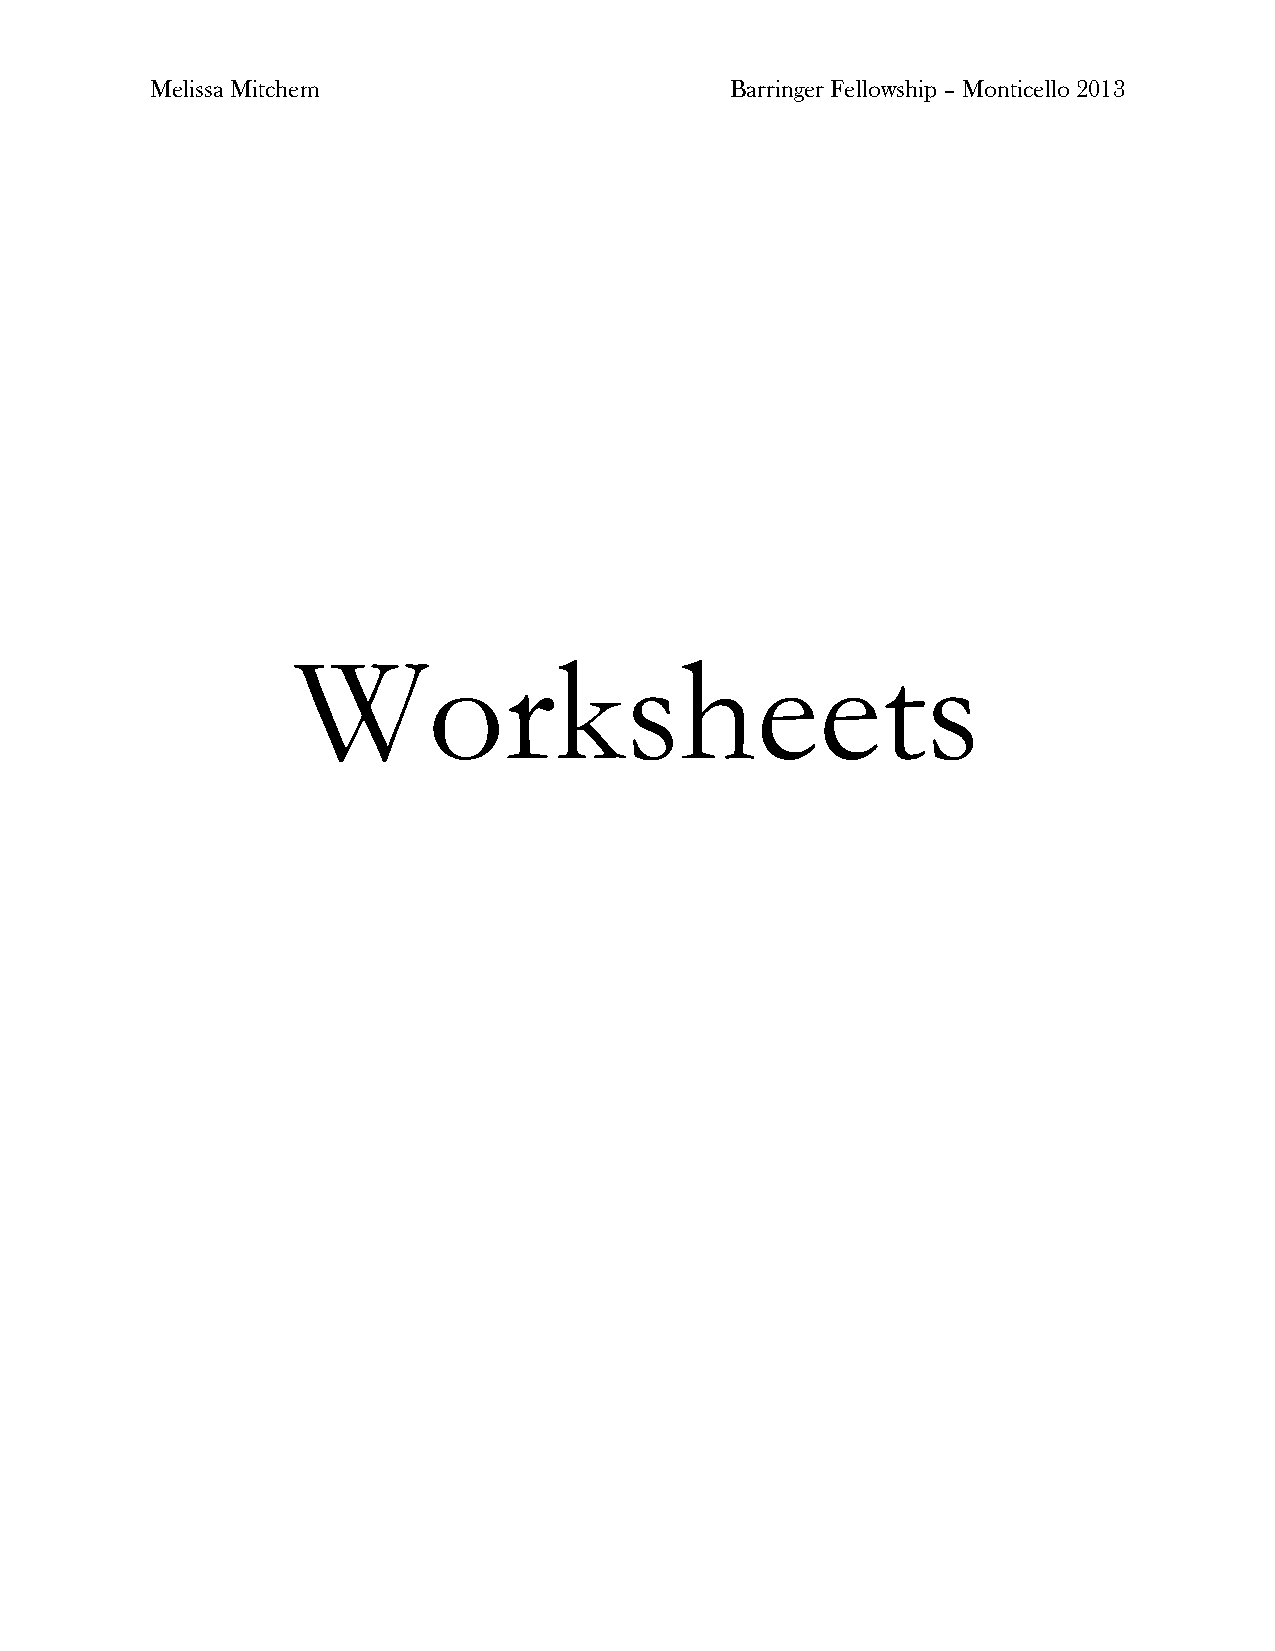
Melissa Mitchem                       Barringer Fellowship – Monticello 2013
 Worksheets